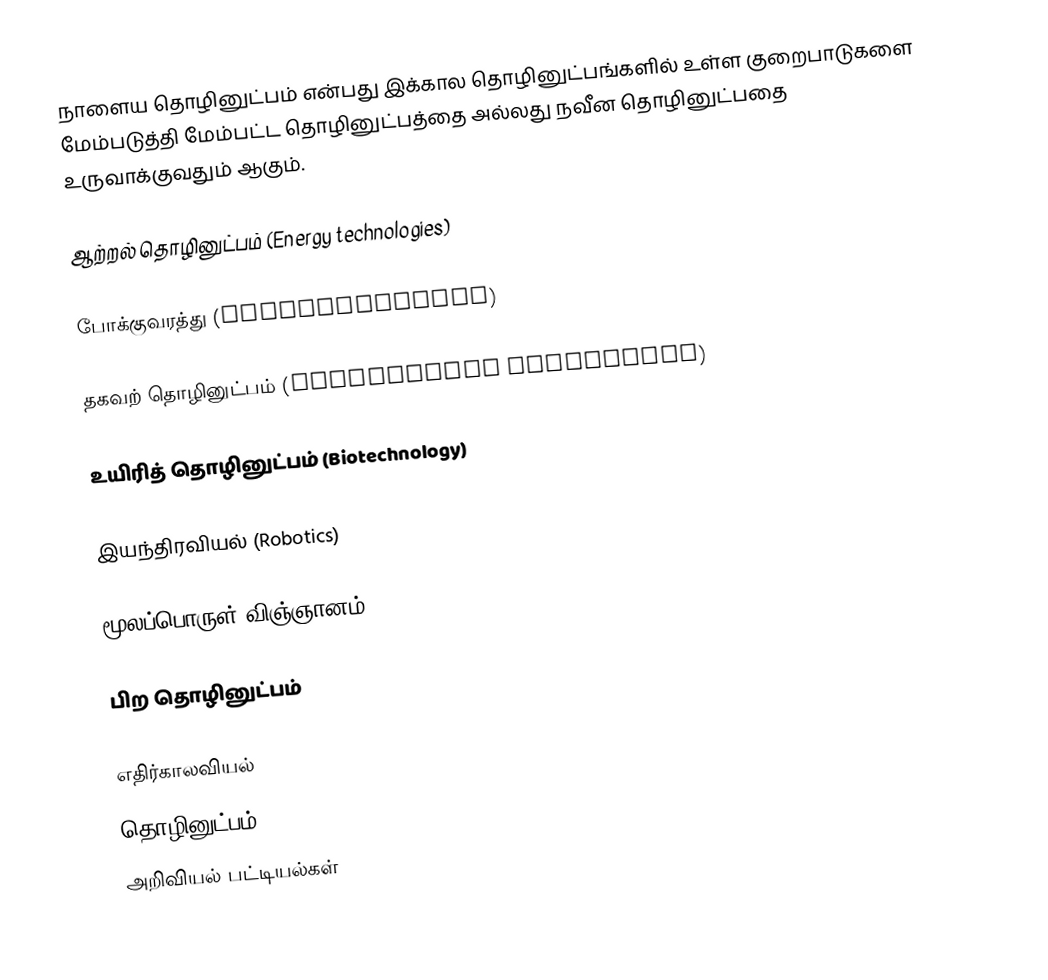
நாளைய தொழினுட்பம் என்பது  இக்கால தொழினுட்பங்களில் உள்ள குறைபாடுகளை மேம்படுத்தி மேம்பட்ட தொழினுட்பத்தை அல்லது நவீன தொழினுட்பதை உருவாக்குவதும் ஆகும்.

ஆற்றல் தொழினுட்பம் (Energy technologies)

போக்குவரத்து (Transportation)

தகவற் தொழினுட்பம் (Information Technology)

உயிரித் தொழினுட்பம் (Biotechnology)

இயந்திரவியல் (Robotics)

மூலப்பொருள் விஞ்ஞானம் (Material science)

பிற தொழினுட்பம்

எதிர்காலவியல்
தொழினுட்பம்
அறிவியல் பட்டியல்கள்